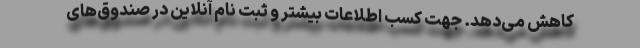
کاهش می‌دهد. جهت کسب اطلاعات بیشتر و ثبت نام آنلاین در صندوق‌های